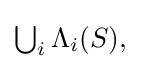
{\textstyle \bigcup _{i}\Lambda _{i}(S),}